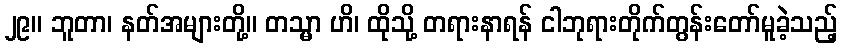
၂၉။ ဘူတာ၊ နတ်အများတို့။ တသ္မာ ဟိ၊ ထိုသို့ တရားနာရန် ငါဘုရားတိုက်တွန်းတော်မူခဲ့သည့်